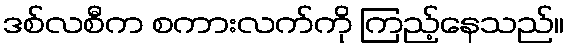
ဒစ်လစီက စကားလက်ကို ကြည့်နေသည်။